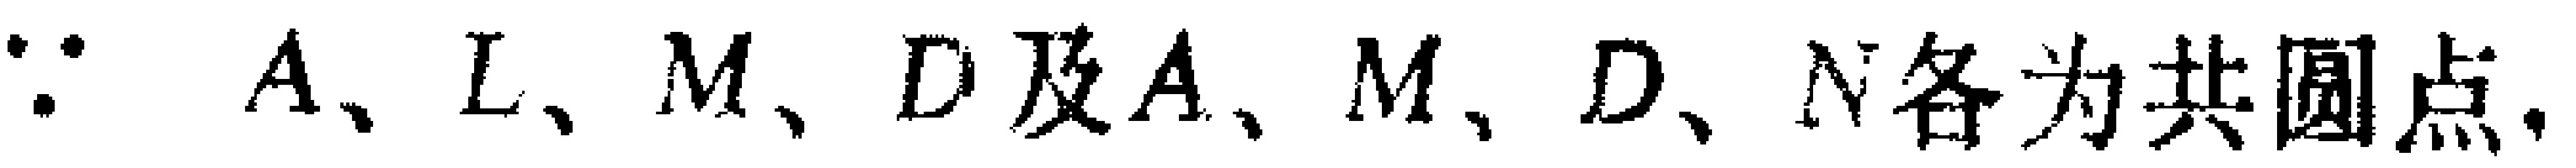
$\because\ A、L、M、D及A、M、D、N各为共圆点,$